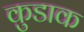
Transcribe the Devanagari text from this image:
कुडाक